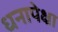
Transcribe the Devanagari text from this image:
धनापेक्षा